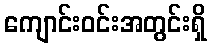
ကျောင်းဝင်းအတွင်းရှိ